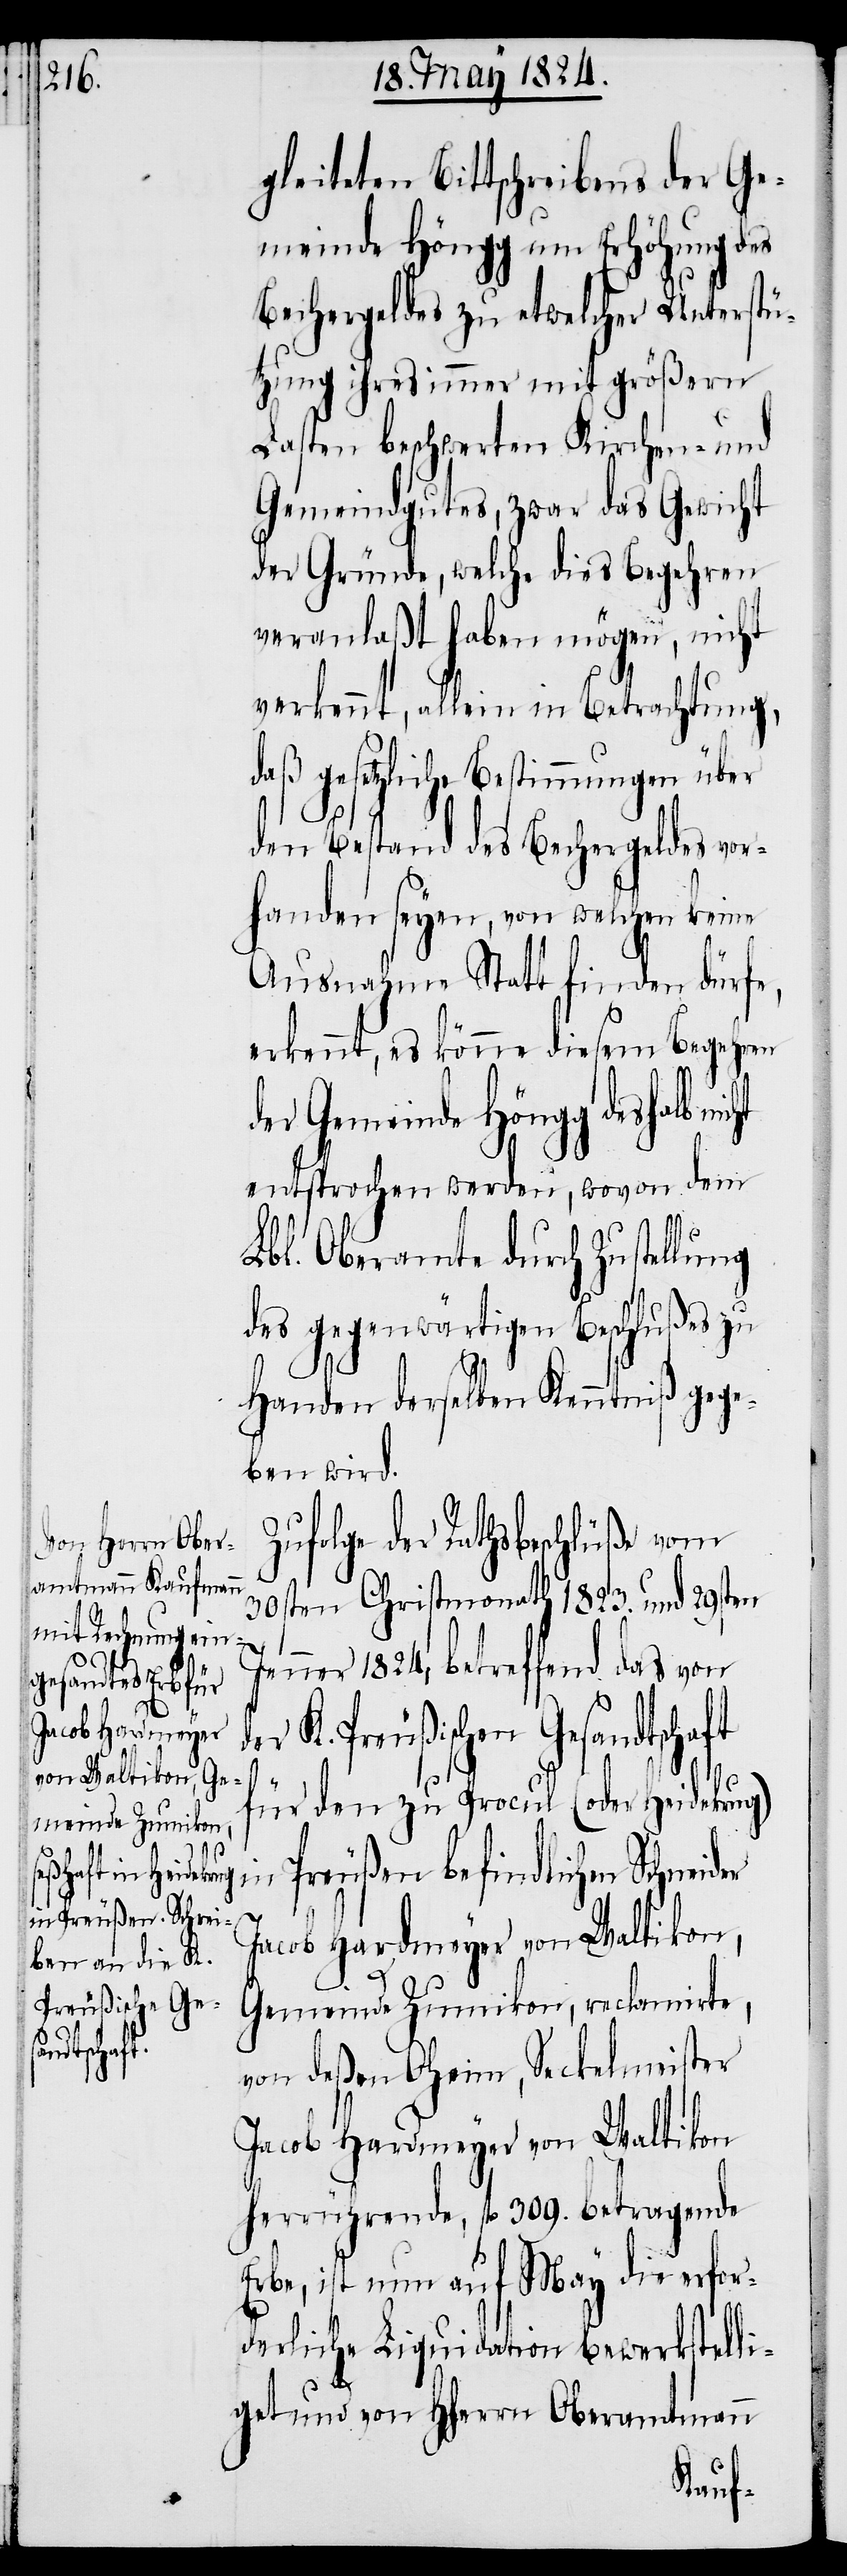
der K.

Preußischen Gesa¬
ndtschaft
der

geleiteten Bittschreibens der Ge¬
meinde Höngg um Erhöhung des
Bechergeldes zu etwelcher Unterstü¬
tzung ihres immer mit größern
Lasten beschwerten Kirchen- und
Gemeindgutes, zwar das Gewicht
der Gründe, welche dies Begehren
veranlaßt haben mögen, nicht
verkennt, allein in Betrachtung,
daß gesetzliche Bestimmungen über
den Bestand des Bechergeldes vor¬
handen seyen, von welchen keine
Ausnahme Statt finden dürfe,
erkennt, es könne diesem Begehren
der Gemeinde Höngg deshalb nic¬
entsprochen werden, wovon dem
Lbl. Oberamte durch Zustellung
des gegenwärtigen Beschlußes zu
Handen derselben Kenntniß gege¬
ben wird.
olge der Rathsbeschlüße vom
30sten Christmonath 1823. und 29sten
enner 1824, betreffend das von
für den zu Procul (oder Heidekrug)
in Preußen befindlichen Schnei¬
Gemeinde Zumikon, reclamirte,
von deßen Oheim, Seckelmeister
Jacob Hardmeyer von Waltikon
herrührende, fl. 309. betragende
Erbe, ist nun auf May die erfor¬
derliche Liquidation bewerkstelli¬
get und von HHerrn Oberamtmann
Zuf¬